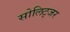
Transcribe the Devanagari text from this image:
सोलिट्जर